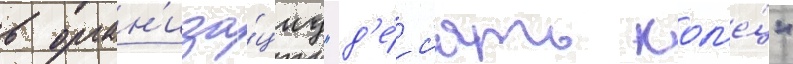
в орган'иза́циу "д'е́с'ять кол'е́ц"